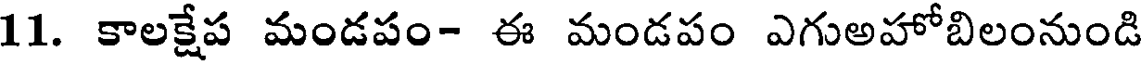
11. కాలక్షేప మండపం- ఈ మండపం ఎగుఅహోబిలంనుండి